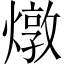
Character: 燉